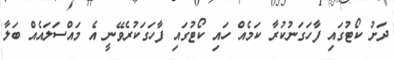
ދަށު ކޯޓުގައި ފާހަގަނުކުރާ ކަމެއް ހައި ކޯޓުގައި ފާހަގަކުރެވޭނީ އެ މައްސަލައެއް ބަލާ